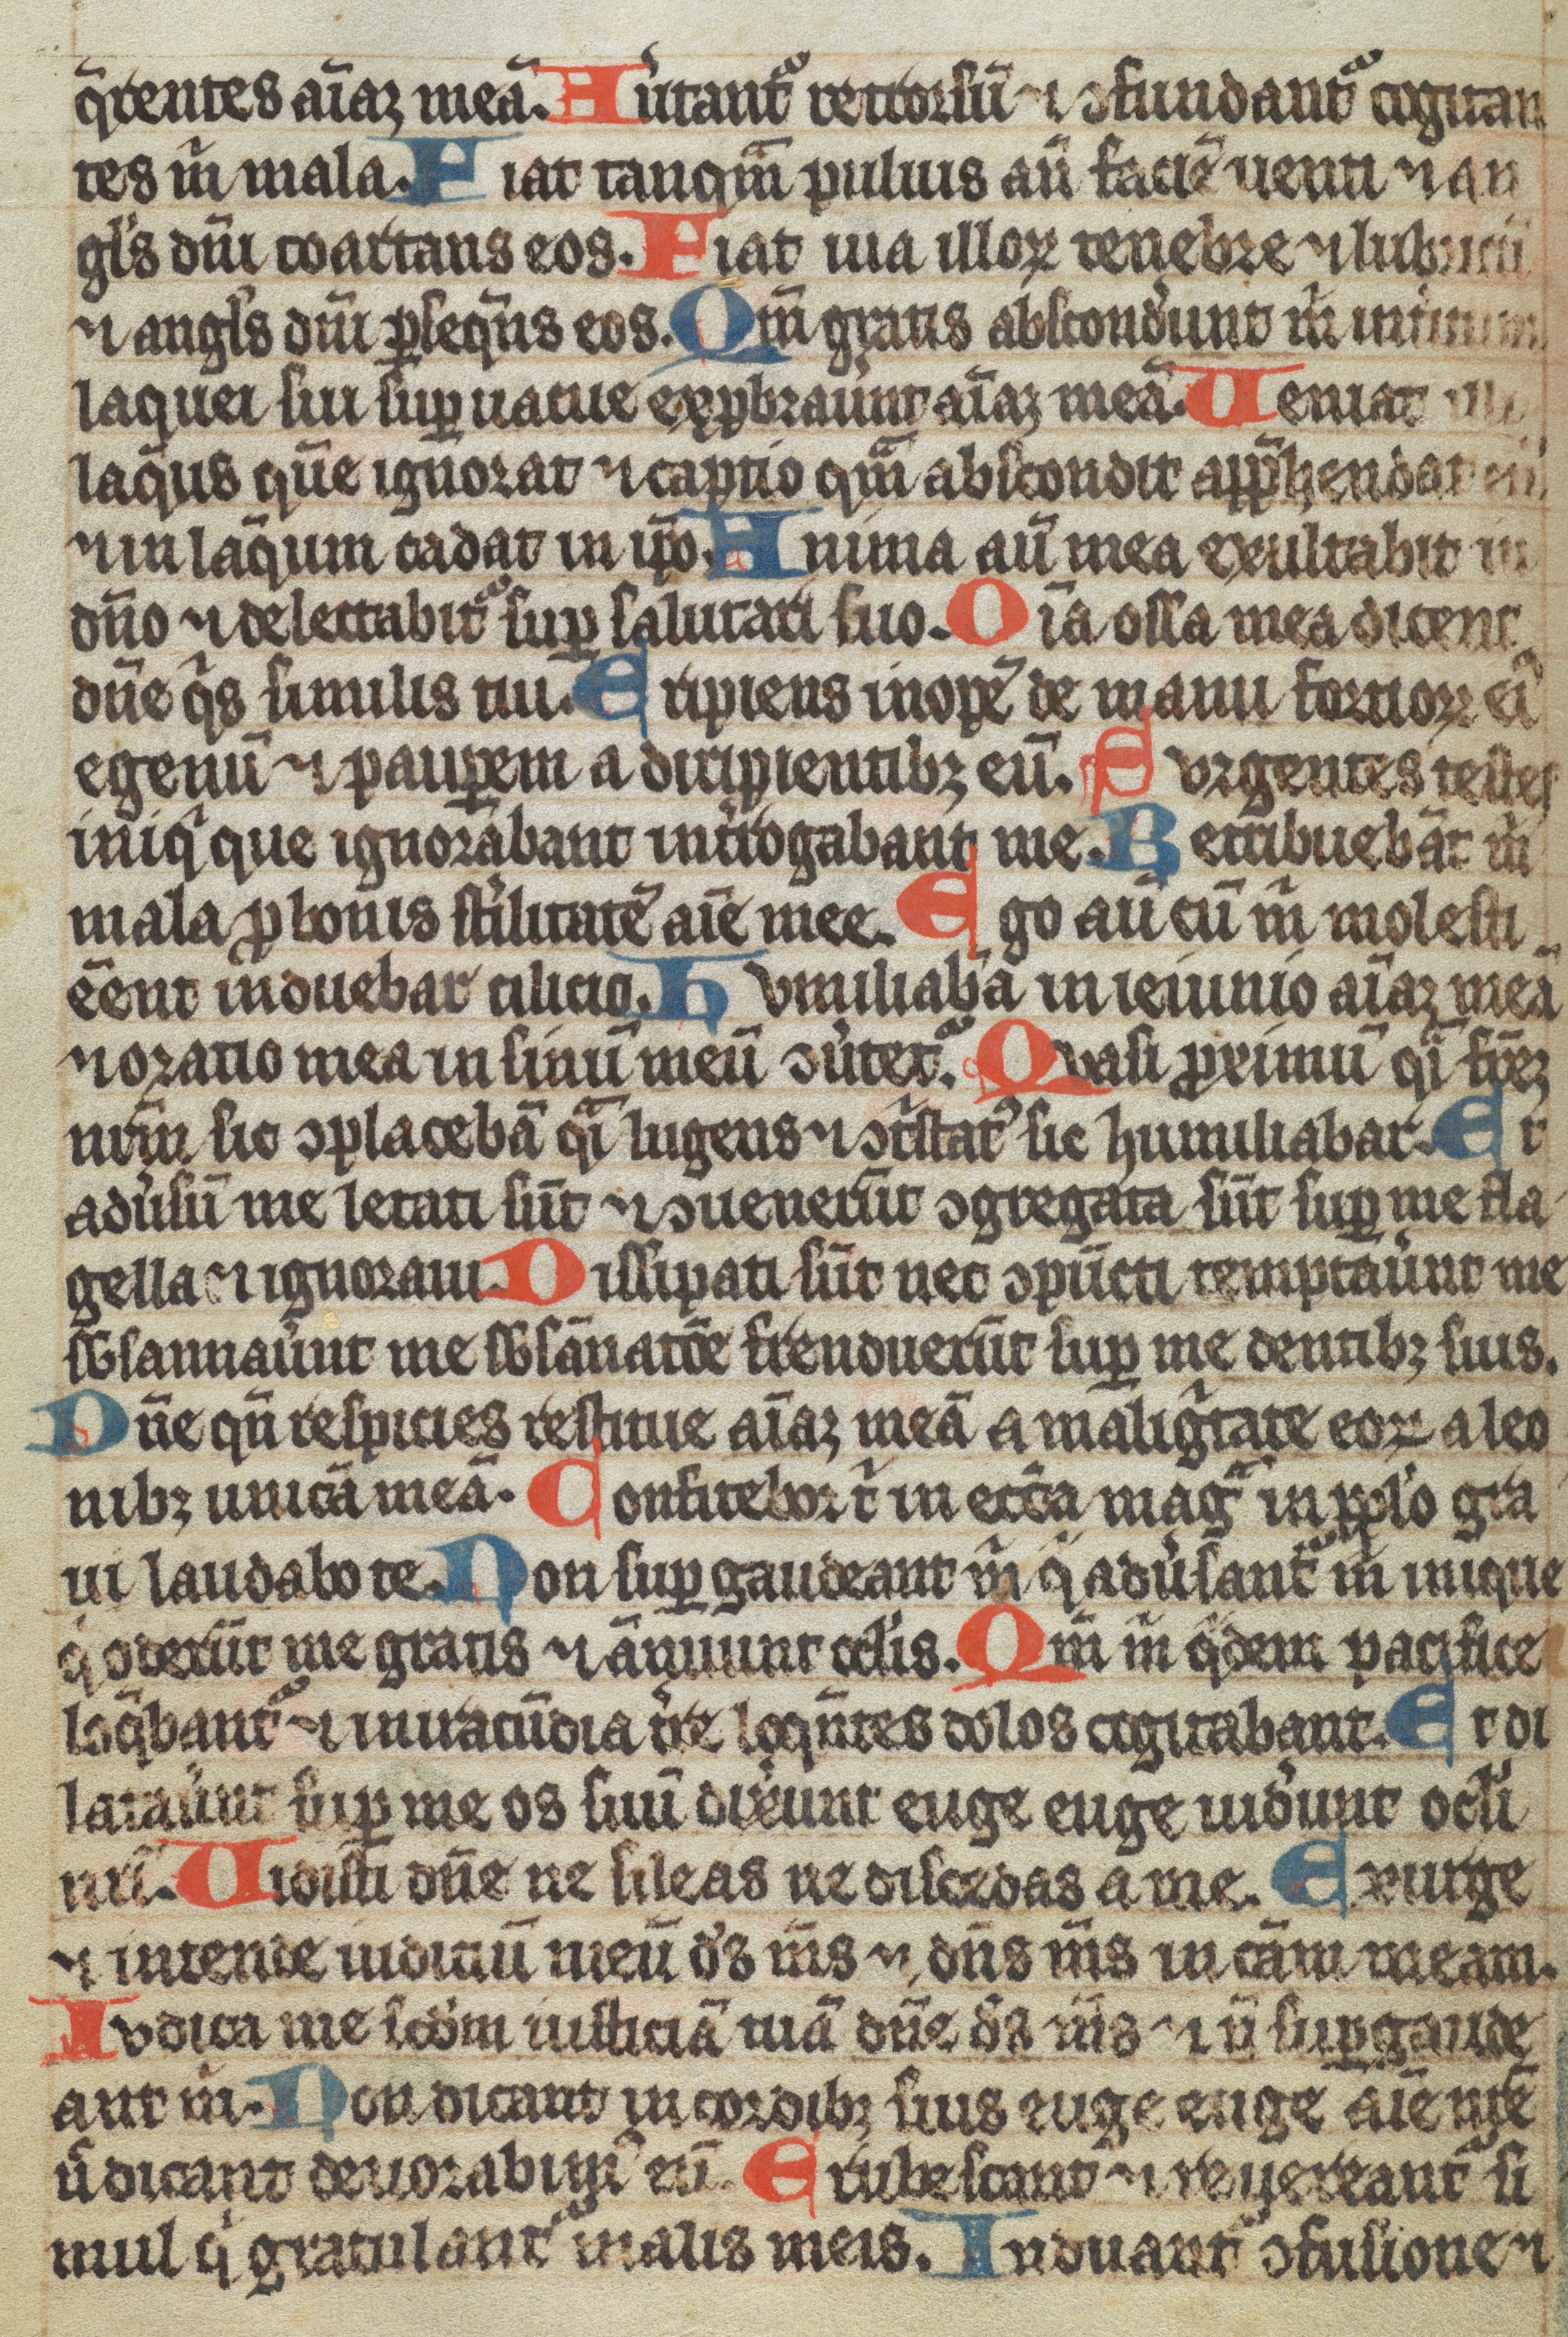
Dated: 1350–1399